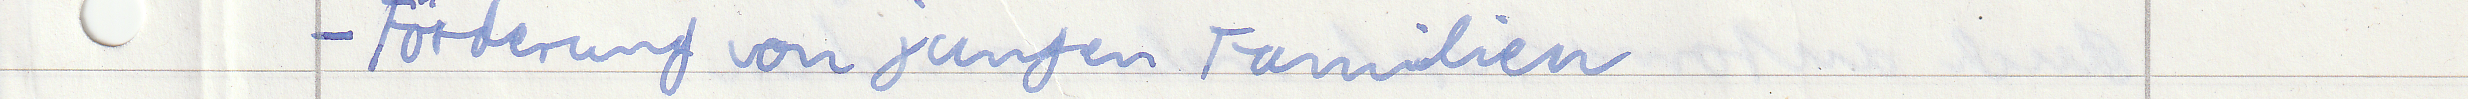
- Förderung von jungen Familien